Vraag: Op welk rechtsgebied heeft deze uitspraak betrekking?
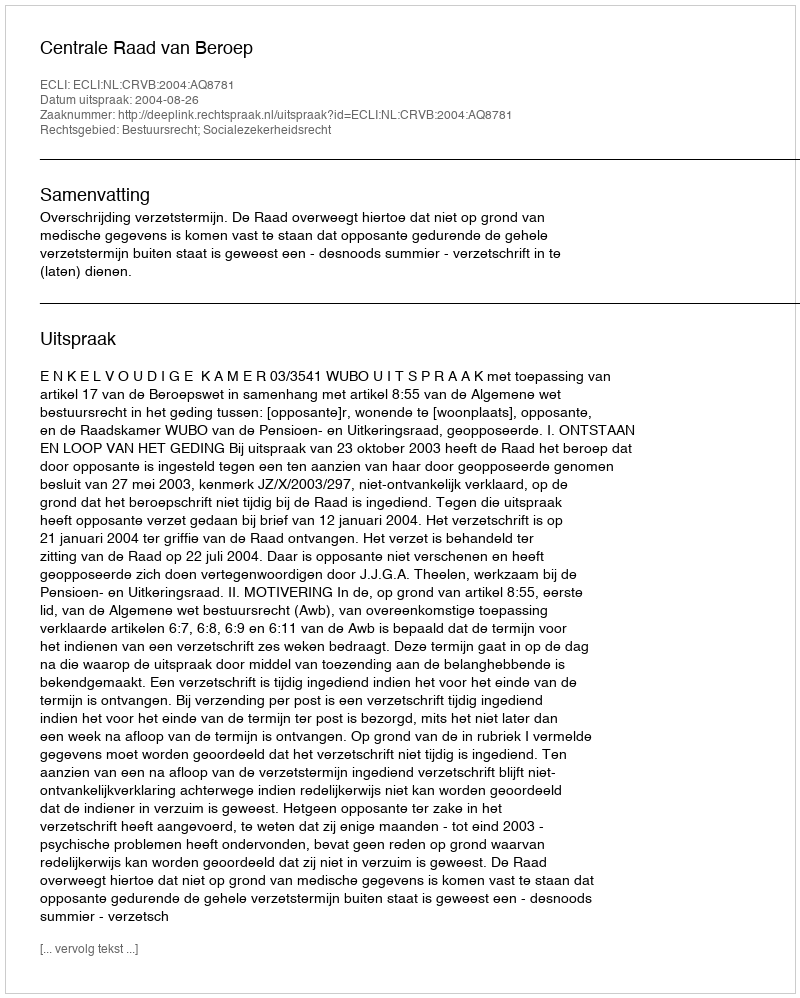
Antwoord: Bestuursrecht; Socialezekerheidsrecht